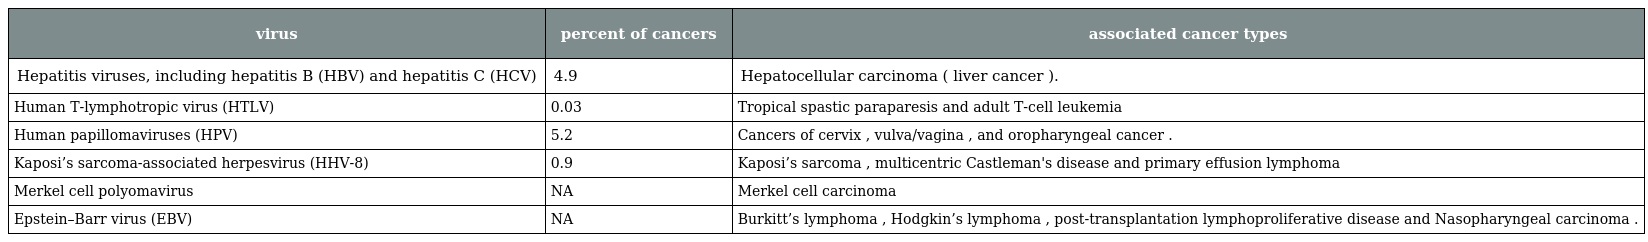
| virus | percent of cancers | associated cancer types |
 | --- | --- | --- |
 | Hepatitis viruses, including hepatitis B (HBV) and hepatitis C (HCV) | 4.9 | Hepatocellular carcinoma ( liver cancer ). |
 | Human T-lymphotropic virus (HTLV) | 0.03 | Tropical spastic paraparesis and adult T-cell leukemia |
 | Human papillomaviruses (HPV) | 5.2 | Cancers of cervix , vulva/vagina , and oropharyngeal cancer . |
 | Kaposi’s sarcoma-associated herpesvirus (HHV-8) | 0.9 | Kaposi’s sarcoma , multicentric Castleman's disease and primary effusion lymphoma |
 | Merkel cell polyomavirus | NA | Merkel cell carcinoma |
 | Epstein–Barr virus (EBV) | NA | Burkitt’s lymphoma , Hodgkin’s lymphoma , post-transplantation lymphoproliferative disease and Nasopharyngeal carcinoma . |